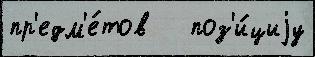
пр'едм'е́тов   поз'и́циjу